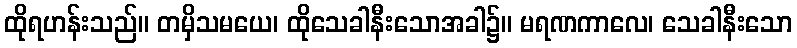
ထိုရဟန်းသည်။ တမှိသမယေ၊ ထိုသေခါနီးသောအခါ၌။ မရဏကာလေ၊ သေခါနီးသော